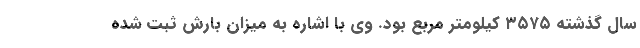
سال گذشته ۳۵۷۵ کیلومتر مربع بود. وی با اشاره به میزان بارش ثبت شده